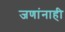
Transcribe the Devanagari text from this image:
जणांनाही